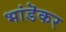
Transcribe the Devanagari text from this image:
भांडॆकर